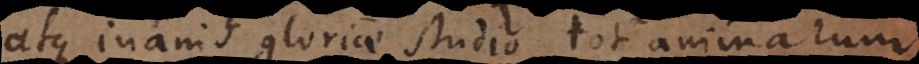
atque inanis gloriae studio tot animarum